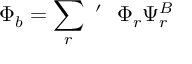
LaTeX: \Phi _ { b } = \sum _ { r } ~ ^ { \prime } ~ ~ \Phi _ { r } \Psi _ { r } ^ { B }